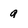
Character: g